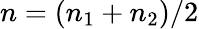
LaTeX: n=(n_{1}+n_{2})/2